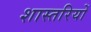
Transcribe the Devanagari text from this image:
शास्तरियों